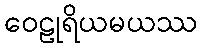
ဝေဠုရိယမယဿ